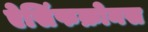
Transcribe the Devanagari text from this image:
ऐसिंफक्रोनस